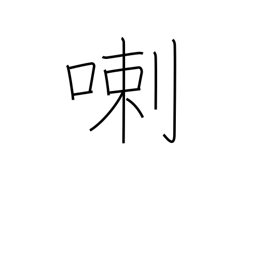
Meaning: rattle on